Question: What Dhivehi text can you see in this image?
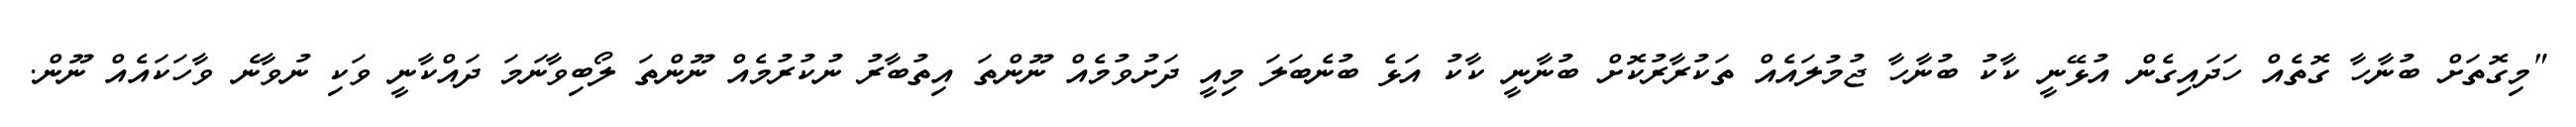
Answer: "މިގޮތަށް ބުނާހާ ގޮތެއް ހަދައިގެން އުޅޭނީ ކާކު ބުނާހާ ޖުމުލައެއް ތަކުރާރުކޮށް ބުނާނީ ކާކު އަޅެ ބުނެބަލަ މިއީ ދަށުވުމެއް ނޫންތަ އިތުބާރު ނުކުރުމެއް ނޫންތަ ލޯބިވާނަމަ ދައްކާނީ ވަކި ނުވާނެ ވާހަކައެއް ނޫން.